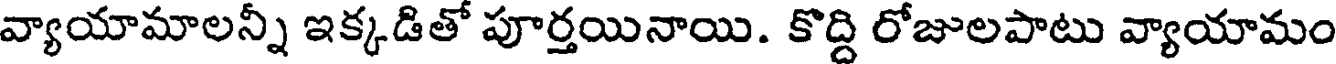
వ్యాయామాలన్నీ ఇక్కడితో పూర్తయినాయి. కొద్ది రోజులపాటు వ్యాయామం